画像に写った文字を読んでください
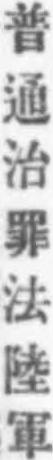
「普通治罪法陸軍」と書いてあります